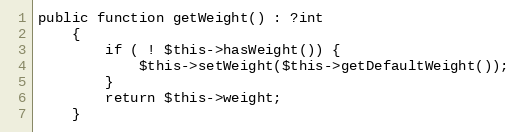
Language: PHP
public function getWeight() : ?int
    {
        if ( ! $this->hasWeight()) {
            $this->setWeight($this->getDefaultWeight());
        }
        return $this->weight;
    }